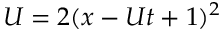
U = 2 ( x - U t + 1 ) ^ { 2 }